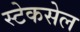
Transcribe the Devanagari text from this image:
स्टेकसेल